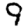
Digit: 9